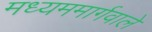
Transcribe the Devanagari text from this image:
मध्यममार्गवाले